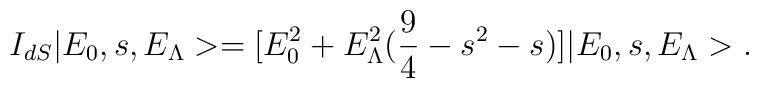
I_{dS} | E_0, s, E_{\Lambda} > = [ E_0^2 + E_{\Lambda}^2 (\frac{9}{4} - s^2 -s )] | E_0, s, E_{\Lambda} >.